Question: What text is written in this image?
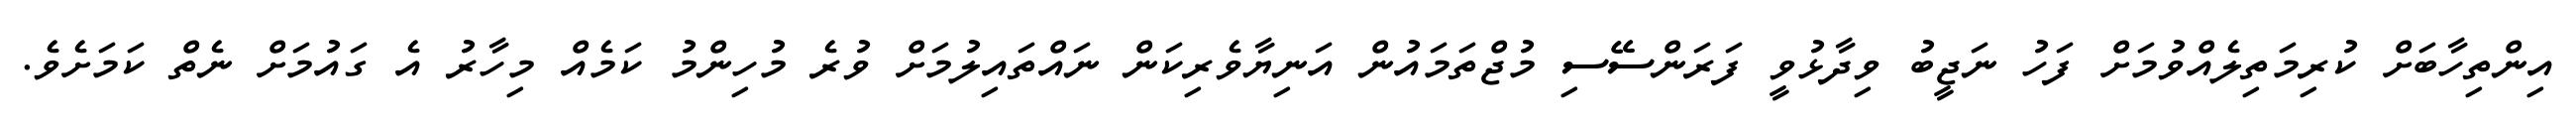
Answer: އިންތިހާބަށް ކުރިމަތިލެއްވުމަށް ފަހު ނަޖީބު ވިދާޅުވީ ފަރަންސޭސި މުޖްތަމައުން އަނިޔާވެރިކަން ނައްތައިލުމަށް ވުރެ މުހިންމު ކަމެއް މިހާރު އެ ގައުމަށް ނެތް ކަމަށެވެ.